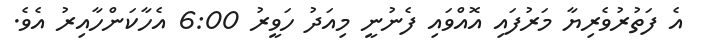
އެ ފަތުރުވެރިޔާ މަރުފައި އޮއްވައި ފެނުނީ މިއަދު ހަވީރު 6:00 އެހާކަންހާއިރު އެވެ.